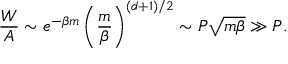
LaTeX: \frac { W } { A } \sim e ^ { - \beta m } \left( \frac { m } { \beta } \right) ^ { ( d + 1 ) / 2 } \sim P { \sqrt { m \beta } } \gg P .